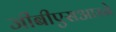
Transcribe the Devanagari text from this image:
जीबीएसआरने